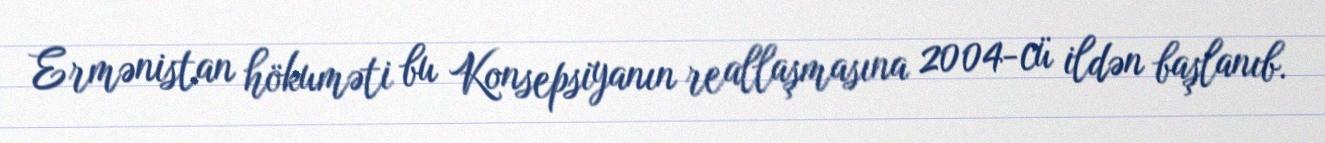
Ermənistan hökuməti bu Konsepsiyanın reallaşmasına 2004-cü ildən başlanıb.